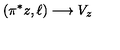
( \pi ^ { * } z , \ell ) \longrightarrow V _ { z }